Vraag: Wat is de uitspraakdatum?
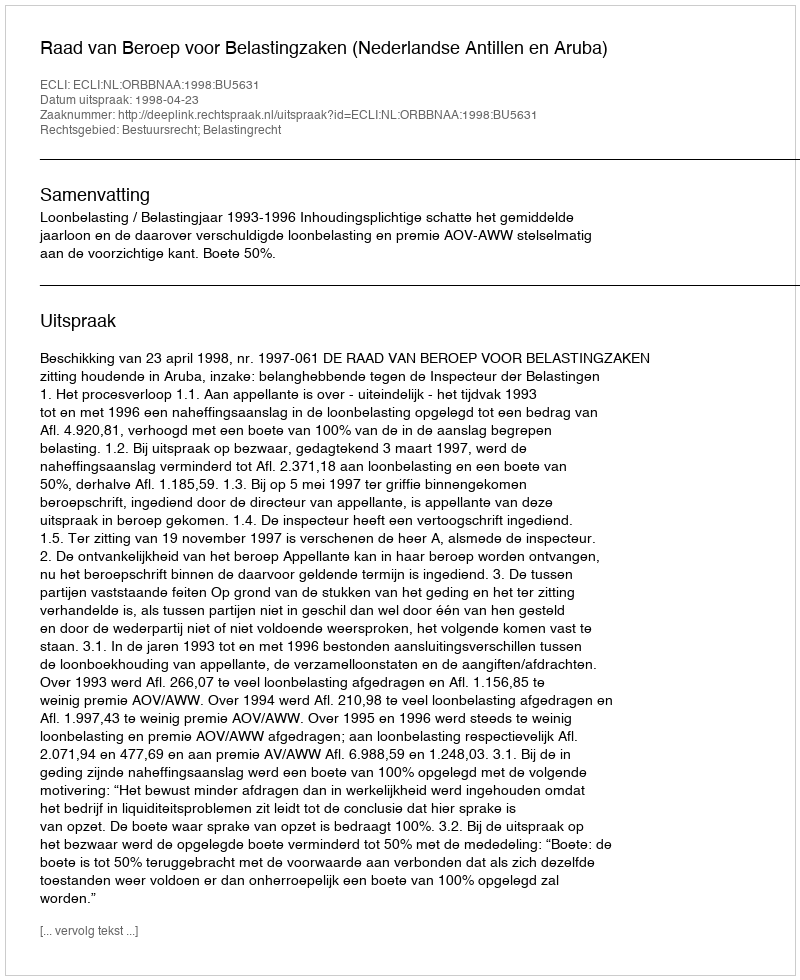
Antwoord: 1998-04-23